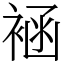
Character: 䘶